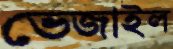
ভেজাইল